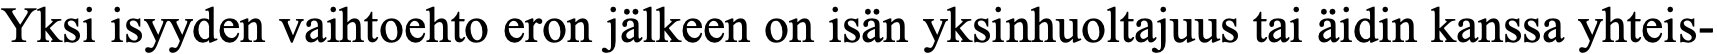
Yksi isyyden vaihtoehto eron jälkeen on isän yksinhuoltajuus tai äidin kanssa yhteis-